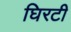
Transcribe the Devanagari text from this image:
घिरटी